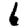
Digit: 6